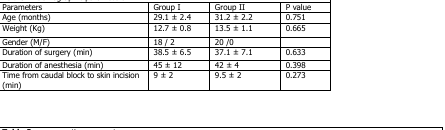
<table><thead><tr><td><b>Parameters</b></td><td><b>Group I</b></td><td><b>Group II</b></td><td><b>P value</b></td></tr></thead><tbody><tr><td>Age (months)</td><td>29.1 ± 2.4</td><td>31.2 ± 2.2</td><td>0.751</td></tr><tr><td>Weight (Kg)</td><td>12.7 ± 0.8</td><td>13.5 ± 1.1</td><td>0.665</td></tr><tr><td>Gender (M/F)</td><td>18 / 2</td><td>20 /0</td><td>[EMPTY_CELL]</td></tr><tr><td>Duration of surgery (min)</td><td>38.5 ± 6.5</td><td>37.1 ± 7.1</td><td>0.633</td></tr><tr><td>Duration of anesthesia (min)</td><td>45 ± 12</td><td>42 ± 4</td><td>0.398</td></tr><tr><td>Time from caudal block to skin incision (min)</td><td>9 ± 2</td><td>9.5 ± 2</td><td>0.273</td></tr></tbody></table>